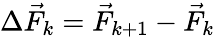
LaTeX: \Delta\vec{F}_{k}=\vec{F}_{k+1}-\vec{F}_{k}